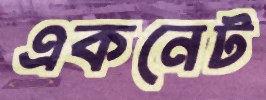
একনেট